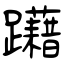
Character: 躤